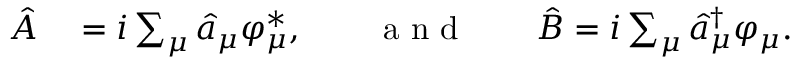
\begin{array} { r l } { \hat { A } } & { { } = i \sum _ { \mu } \hat { a } _ { \mu } \varphi _ { \mu } ^ { * } , \qquad \mathrm { ~ a ~ n ~ d ~ } \qquad \hat { B } = i \sum _ { \mu } \hat { a } _ { \mu } ^ { \dagger } \varphi _ { \mu } . } \end{array}